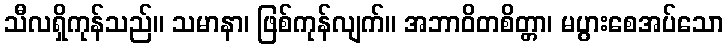
သီလရှိကုန်သည်။ သမာနာ၊ ဖြစ်ကုန်လျက်။ အဘာဝိတစိတ္တာ၊ မပွားစေအပ်သော